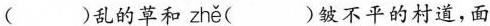
( )乱的草和 zhě ( )皱不平的村道，面